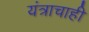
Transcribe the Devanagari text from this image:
यंत्राचाही